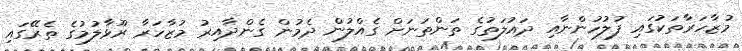
މުޒާހަރާތަކުގައި ފުލުހުންނާއި ދައުލަތުގެ ތަންތަނަށް ގެއްލުން ދެމުން ގެންދާއިރު މުޒާހަރާ ރޫޅާލުމުގެ ތެރޭގައި